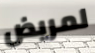
لمريض